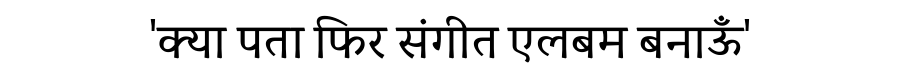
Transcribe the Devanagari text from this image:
'क्या पता फिर संगीत एलबम बनाऊँ'